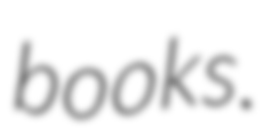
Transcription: books.